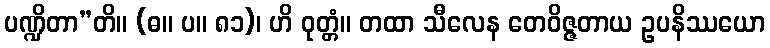
ပဏ္ဍိတာ”တိ။ (ဓ။ ပ။ ၈၁)၊ ဟိ ဝုတ္တံ။ တထာ သီလေန တေဝိဇ္ဇတာယ ဥပနိဿယော